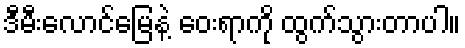
ဒီမီးလောင်မြေနဲ့ ဝေးရာကို ထွက်သွားတာပါ။